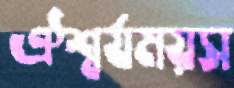
ঐশ্বর্যময়স